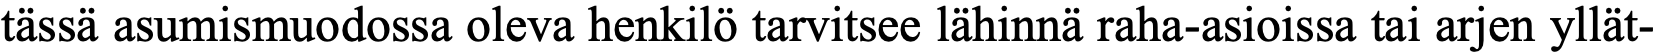
tässä asumismuodossa oleva henkilö tarvitsee lähinnä raha-asioissa tai arjen yllät-